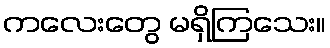
ကလေးတွေ မရှိကြသေး။